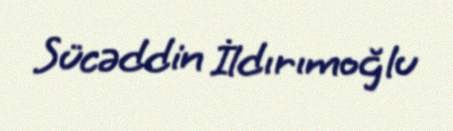
Sücəddin İldırımoğlu